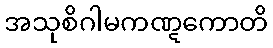
အသုစိဂါမကဏ္ဋကောတိ